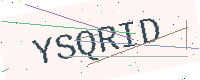
Text: YSQRID